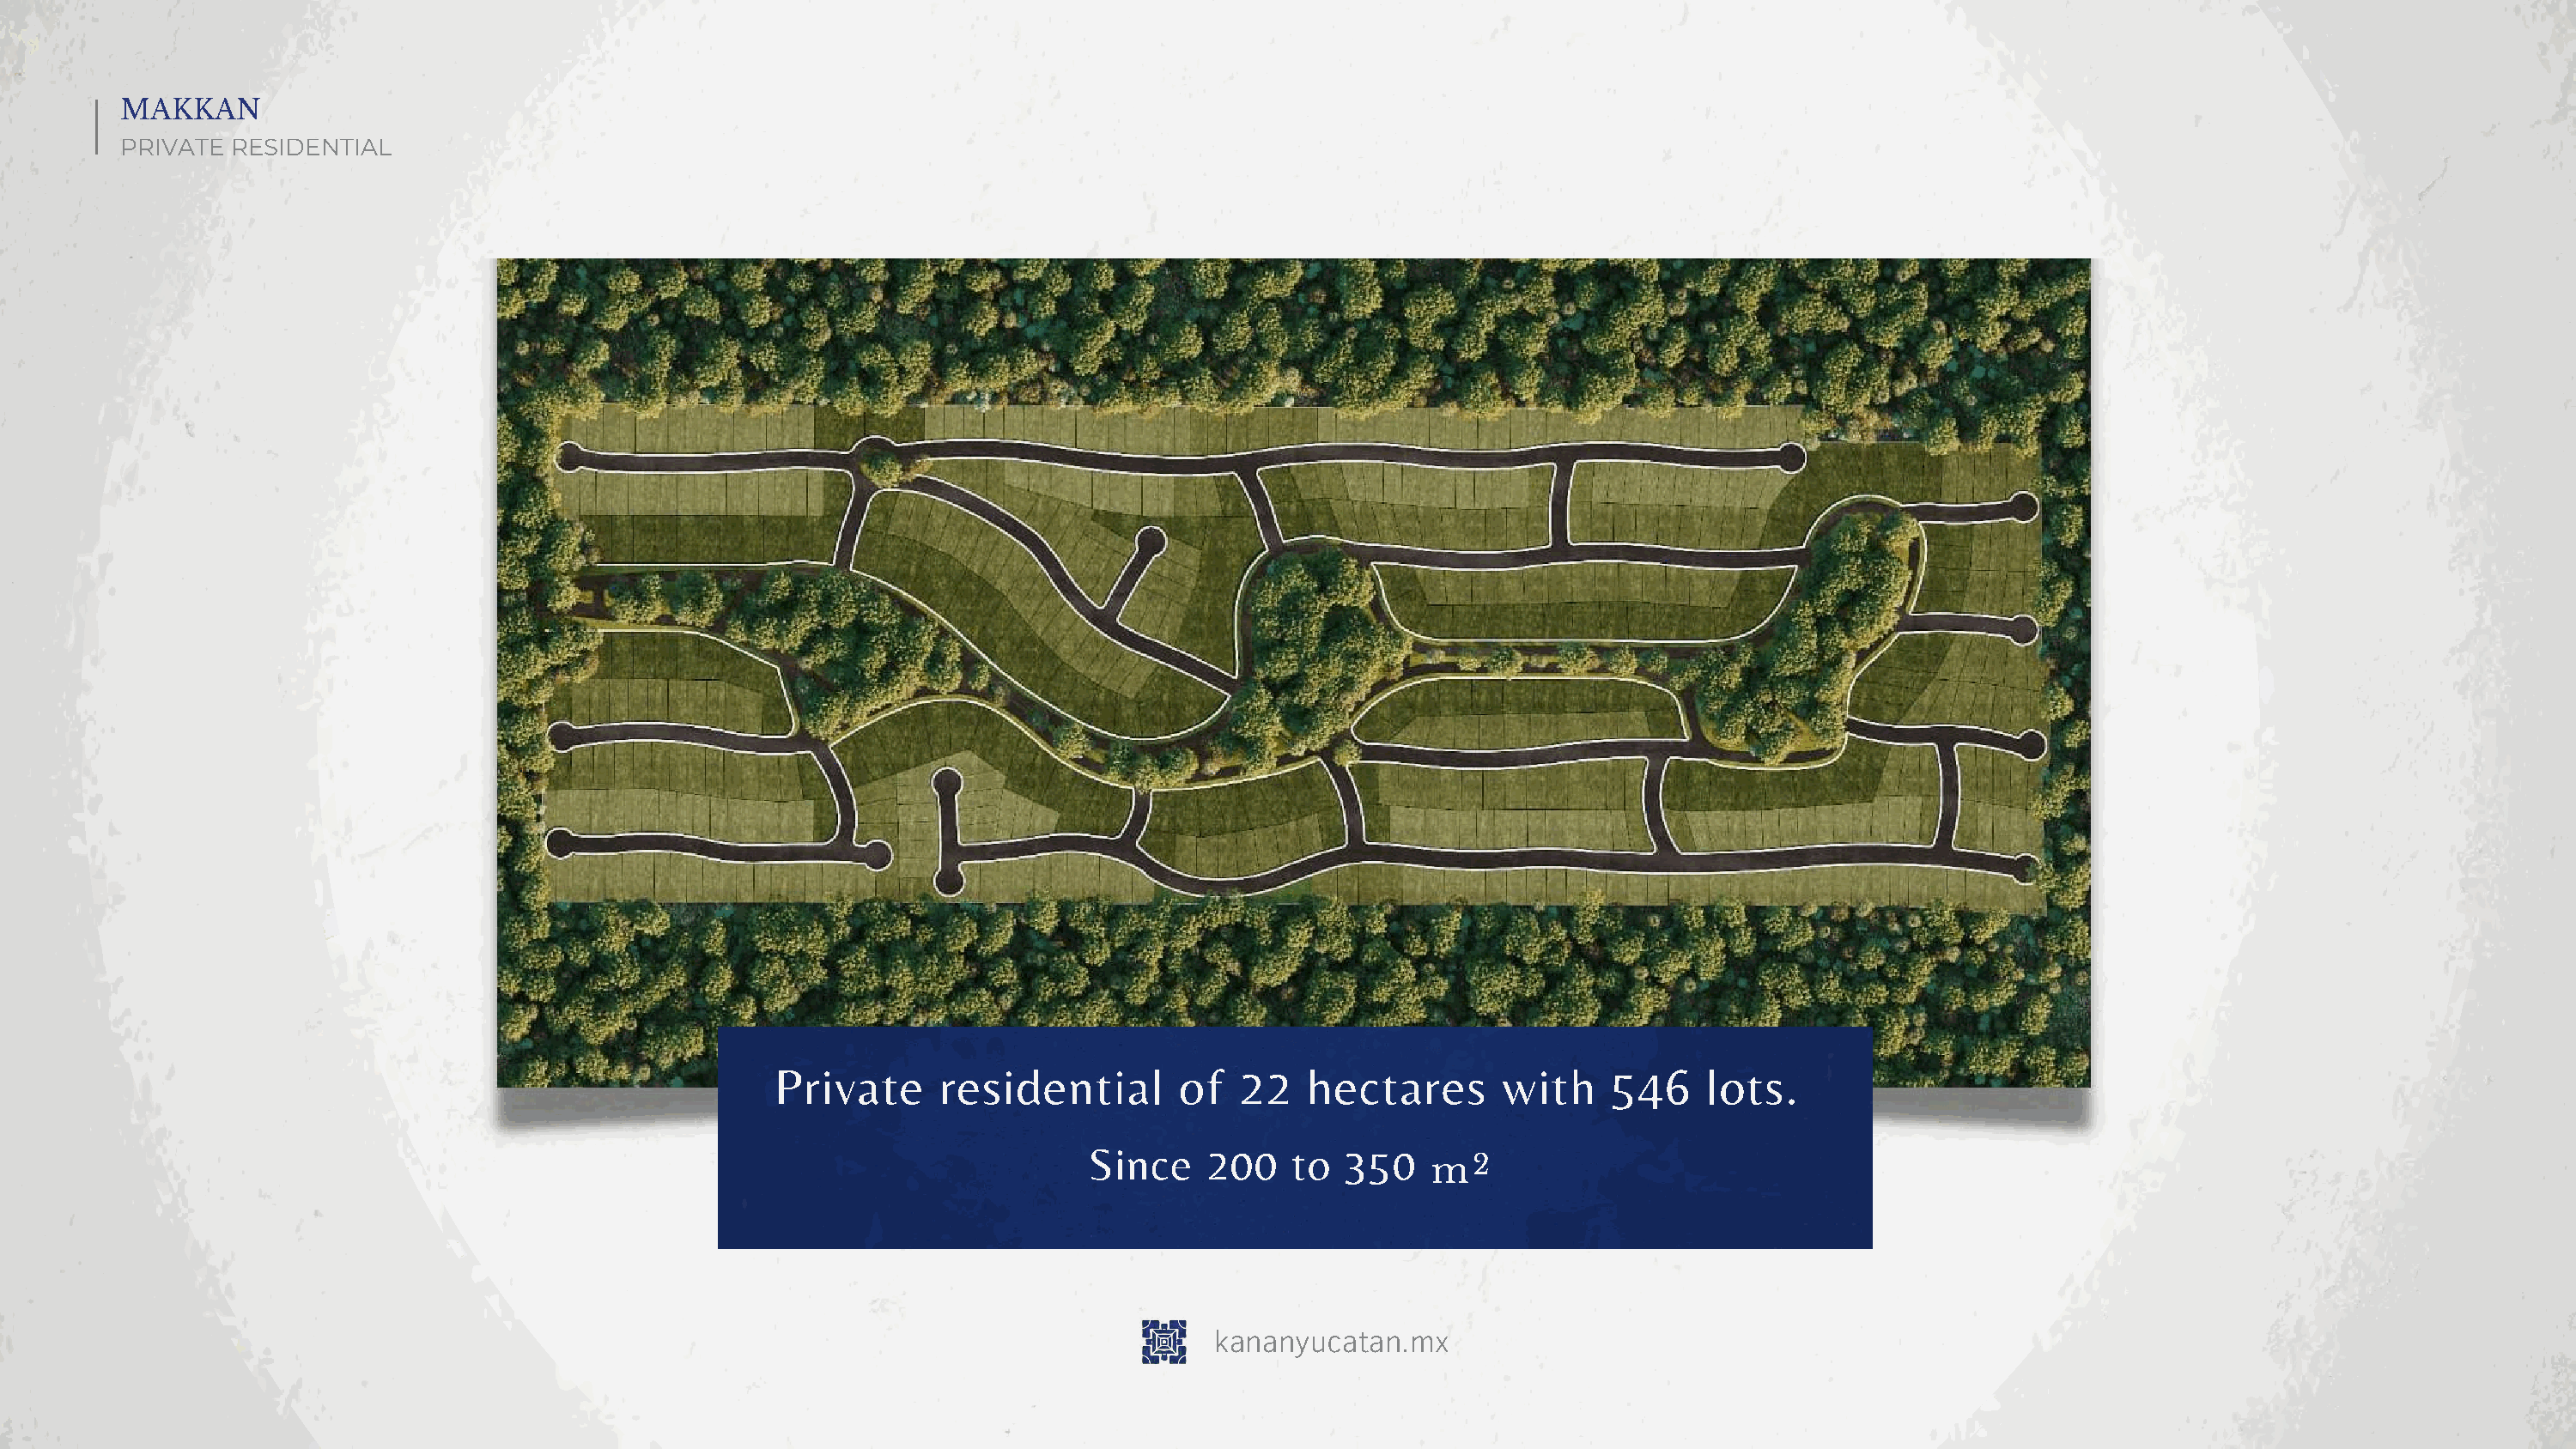
MAKKAN
 PRIVATE  RESIDENTIAL
 Private     residential        of   22   hectares       with    546     lots.
 Since    200    to  350
 m2
 kananyucatan.mx